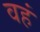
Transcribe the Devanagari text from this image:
वहं